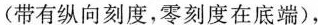
（带有纵向刻度，零刻度在底端），